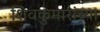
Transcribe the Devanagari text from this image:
शिवकुमारांच्या